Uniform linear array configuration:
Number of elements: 12
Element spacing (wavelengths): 0.75
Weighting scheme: uniform
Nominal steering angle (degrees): -15
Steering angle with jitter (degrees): -14.738
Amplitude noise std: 0.05
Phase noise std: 0.05

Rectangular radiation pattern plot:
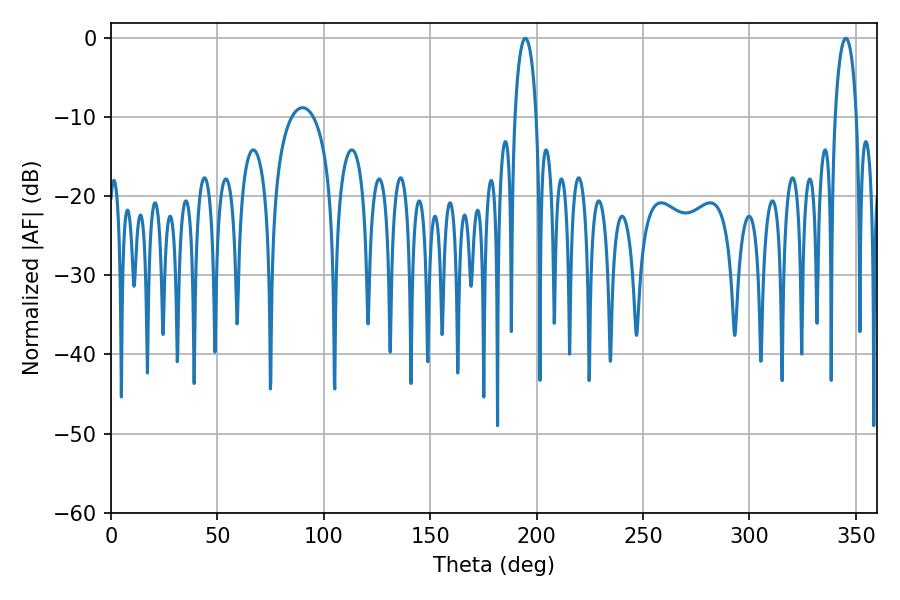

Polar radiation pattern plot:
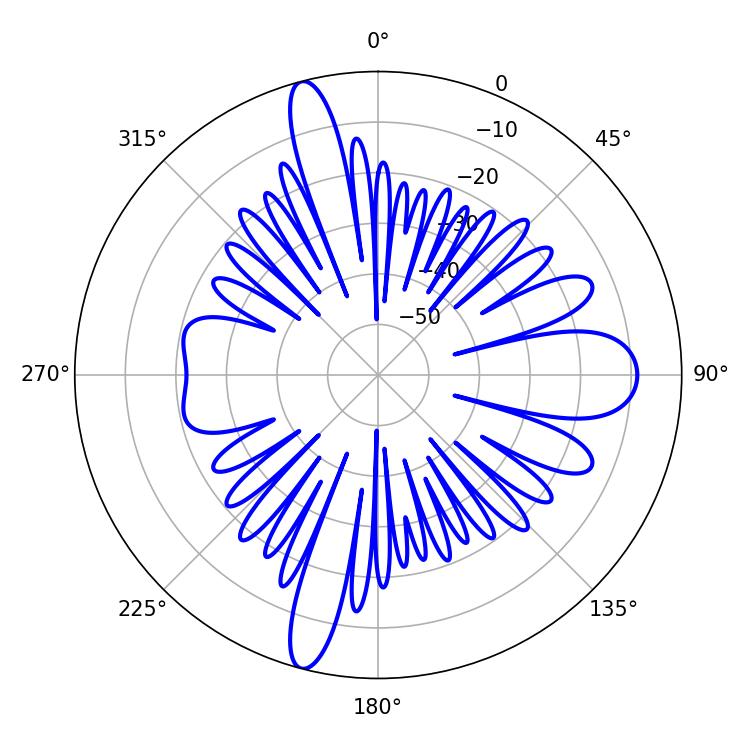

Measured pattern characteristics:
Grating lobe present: TRUE
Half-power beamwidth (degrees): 5.76
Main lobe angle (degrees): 194.76